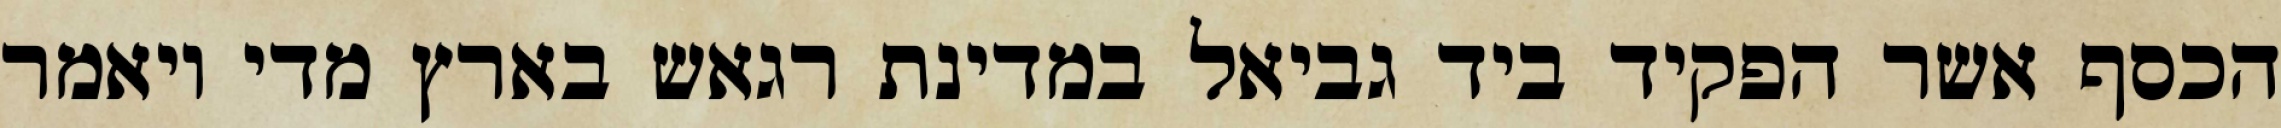
הכסף אשר הפקיד ביד גביאל במדינת רגאש בארץ מדי ויאמר